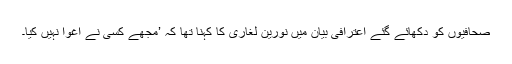
صحافیوں کو دکھائے گئے اعترافی بیان میں نورین لغاری کا کہنا تھا کہ ’مجھے کسی نے اغوا نہیں کیا۔